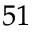
^ { 5 1 }